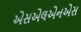
એસએલએનએસ